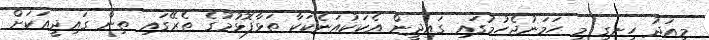
މިއަދު ހިނގި މި ހަމަނުޖެހުމުގައި ގައިދީން އެކަކުއަނެކަކާ ތަޅާފޮޅުމުގެ ތެރޭގައި ތިން ގައިދީއަކަށް